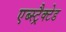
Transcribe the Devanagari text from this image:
एब्स्ट्रैक्टेड